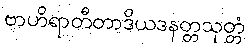
ဗာဟိရာတီတာဒိယဒနတ္တသုတ္တံ